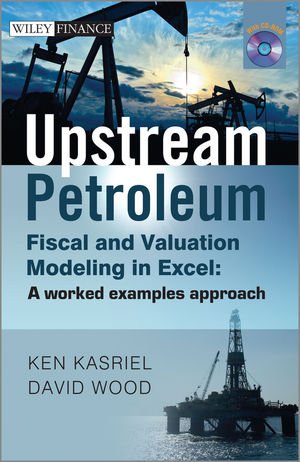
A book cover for Upstream Petroleum Fiscal and Valuation Modeling in Excel: A Worked Examples Approach; Ken Kasriel; Engineering & Transportation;